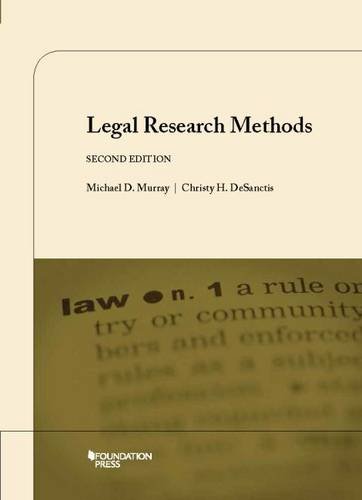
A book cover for Legal Research Methods (University Casebook Series); Michael Murray; Law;